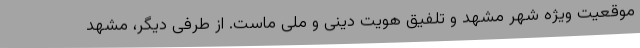
موقعیت ویژه شهر مشهد و تلفیق هویت دینی و ملی ماست. از طرفی دیگر، مشهد